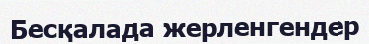
Бесқалада жерленгендер